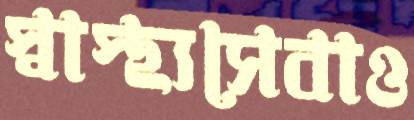
স্বাস্থ্যসেবাও